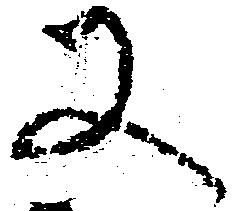
又